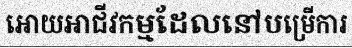
អោយអាជីវកម្មដែលនៅបម្រើការ